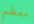
معظم